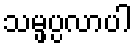
သမ္ဖပ္ပလာပါ